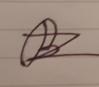
Signature authenticity: forged